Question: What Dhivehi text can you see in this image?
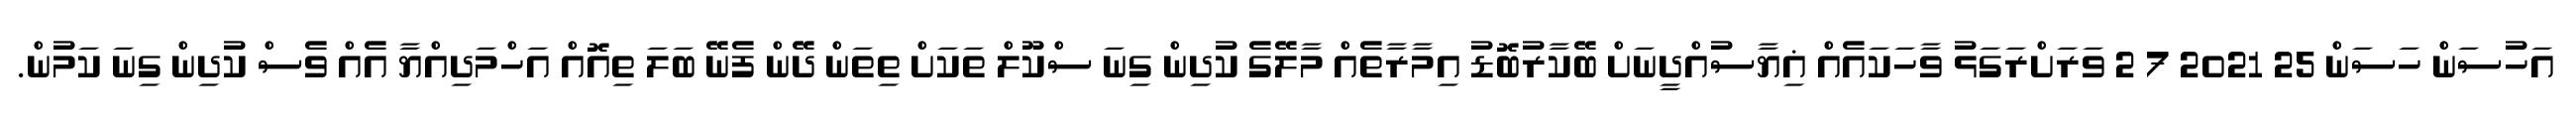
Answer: އަހުސަން ހަސަން 25 2021 7 2 ވަރަށްރަގަޅު ވާހަކައެއް ޣިޔާސުއްދީނަށް ބޭކާރުބޮޑު އިމާރާތެއް މާލޭގެ ކުދިން ގިނަ ސްކޫލް ތަކަށް ތިތަން ދޭން ފެނޭ ބަލަ ތިއޮއް އަހްމަދިއްޔާ އެއް ވެސް ކުދިން ގިނަ ކަމުން.